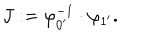
LaTeX: J : = \varphi _ { 0 ^ { \prime } } ^ { - 1 } \cdot \varphi _ { 1 ^ { \prime } } .